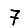
Digit: 7